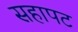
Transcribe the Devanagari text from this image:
सहापट